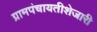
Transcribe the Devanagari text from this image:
ग्रामपंचायतीशेजारी